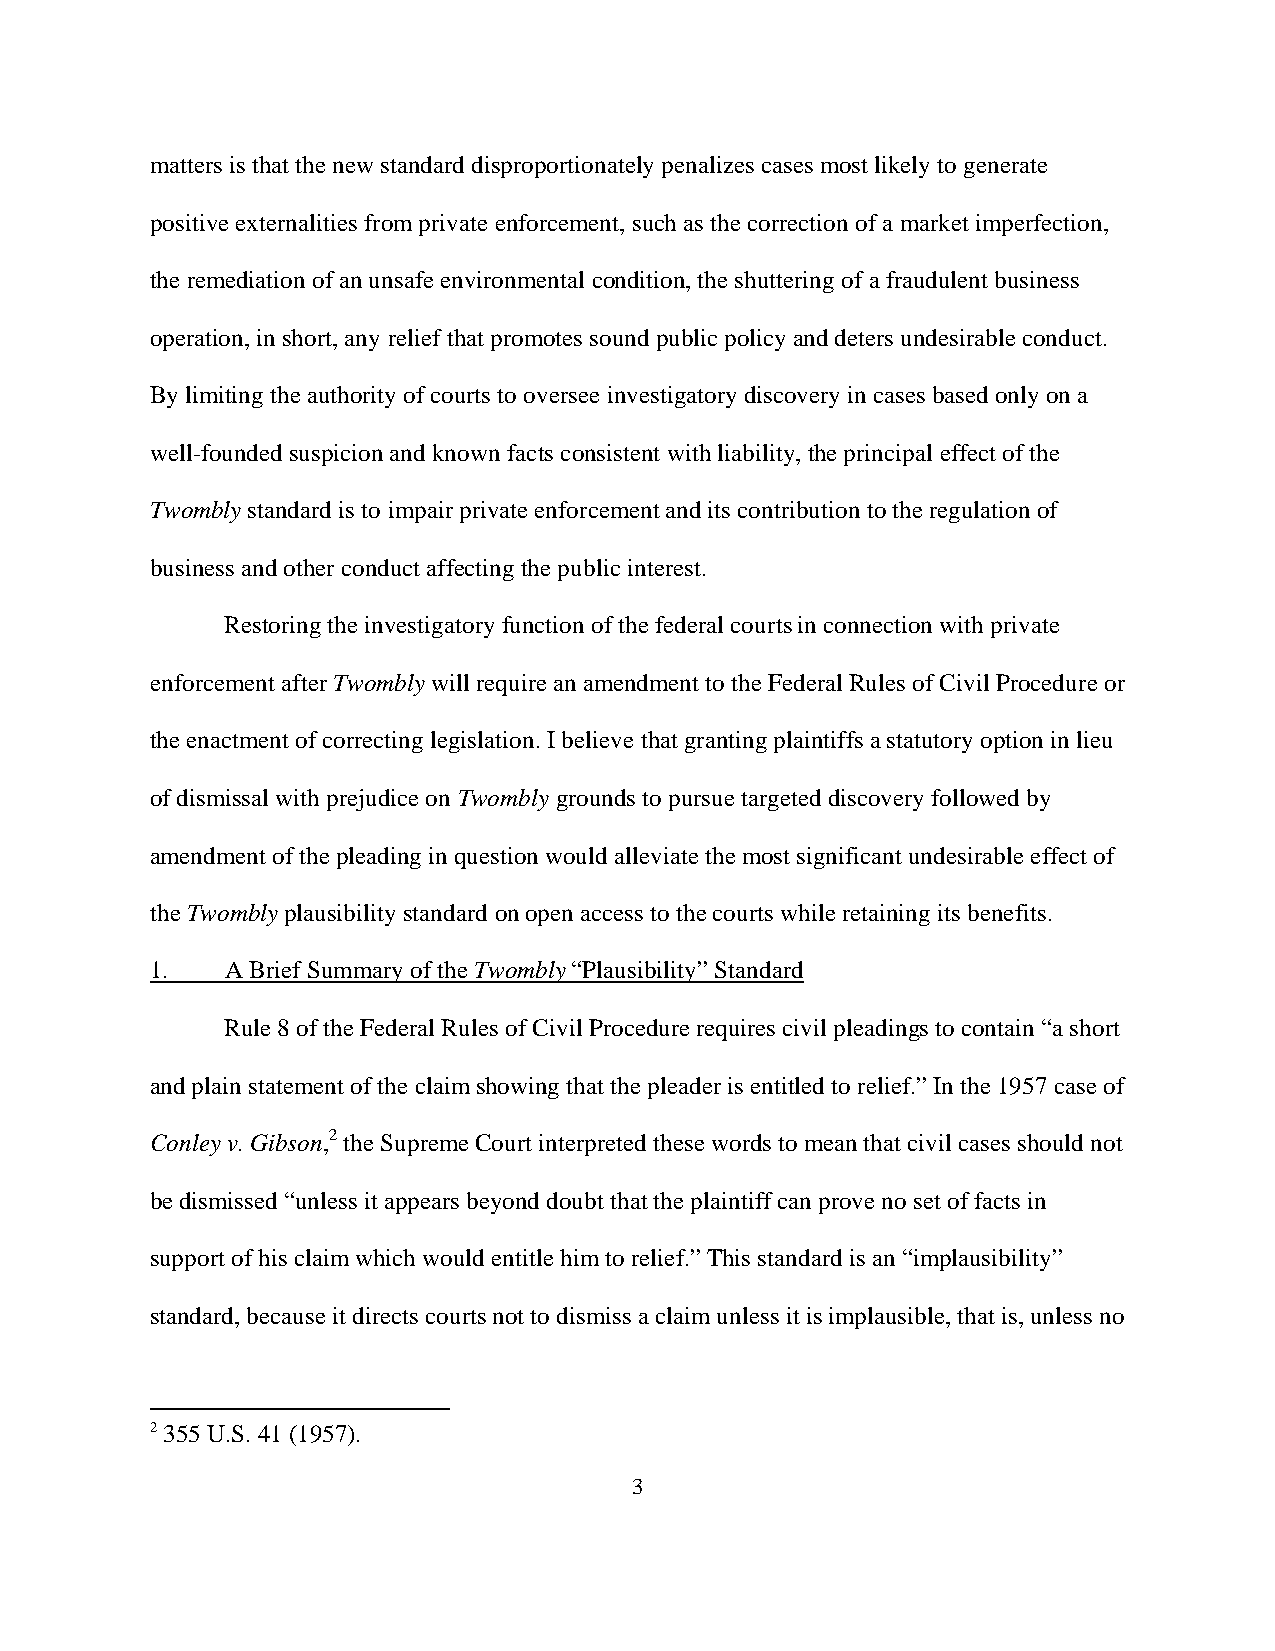
matters is that the new standard disproportionately penalizes cases most likely to generate
 positive externalities from private enforcement, such as the correction of a market imperfection,
 the remediation of an unsafe environmental condition, the shuttering of a fraudulent business
 operation, in short, any relief that promotes sound public policy and deters undesirable conduct.
 By limiting the authority of courts to oversee investigatory discovery in cases based only on a
 well-founded suspicion and known facts consistent with liability, the principal effect of the
 Twombly standard is to impair private enforcement and its contribution to the regulation of
 business and other conduct affecting the public interest.
 Restoring the investigatory function of the federal courts in connection with private
 enforcement after Twombly will require an amendment to the Federal Rules of Civil Procedure or
 the enactment of correcting legislation. I believe that granting plaintiffs a statutory option in lieu
 of dismissal with prejudice on Twombly grounds to pursue targeted discovery followed by
 amendment of the pleading in question would alleviate the most significant undesirable effect of
 the Twombly plausibility standard on open access to the courts while retaining its benefits.
 1.   A Brief Summary of the Twombly “Plausibility” Standard
 Rule 8 of the Federal Rules of Civil Procedure requires civil pleadings to contain “a short
 and plain statement of the claim showing that the pleader is entitled to relief.” In the 1957 case of
 Conley v. Gibson,2 the Supreme Court interpreted these words to mean that civil cases should not
 be dismissed “unless it appears beyond doubt that the plaintiff can prove no set of facts in
 support of his claim which would entitle him to relief.” This standard is an “implausibility”
 standard, because it directs courts not to dismiss a claim unless it is implausible, that is, unless no
 2 355 U.S. 41 (1957).
 3